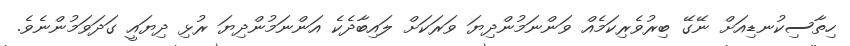
ހިތާސިކުނޑިއަށް ނޭގޭ ބިރުވެރިކަމެއް ވަންނަމުންދިޔަ ވަރަކަށް ލައިބާދެކެ އަންނަމުންދިޔަ ރުޅި ދިޔައީ ގަދަވަމުންނެވެ.